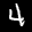
Label: 4